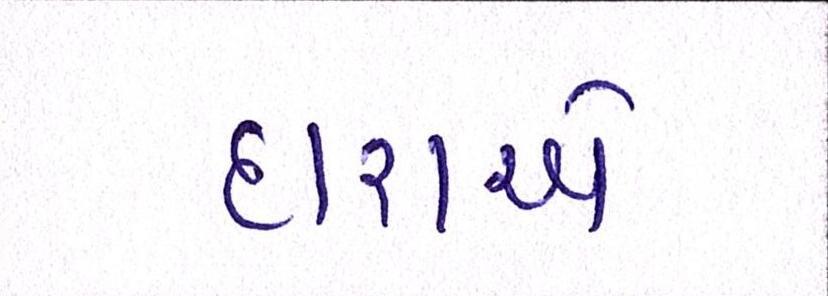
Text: દારાએ